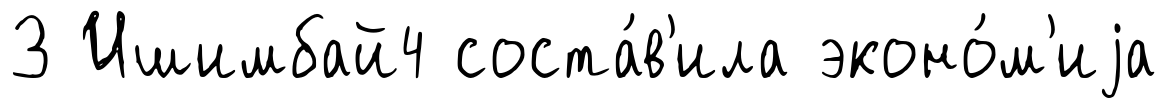
З Ишимбай4 соста́в'ила эконо́м'иjа